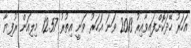
އަހަރު ހޭދަކޮށްފައިވާއިރު 2013 ވަނަ އަހަރު ވަނީ އިތުރު 12.57 މިލިއަން ރުފިޔާ